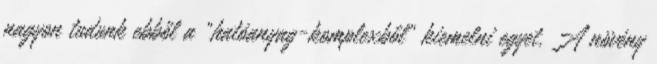
nagyon tudunk ebből a "hatóanyag-komplexből" kiemelni egyet. A növény